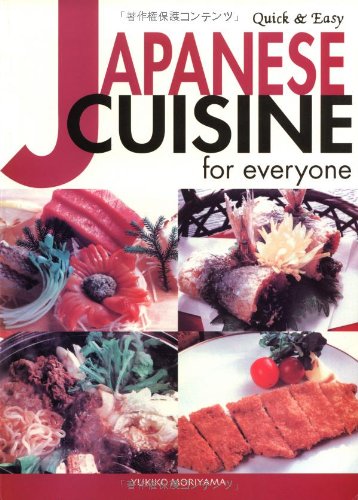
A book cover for Quick & Easy Japanese Cuisine for Everyone (Quick & Easy Cookbooks Series); Yukiko Moriyama; Cookbooks, Food & Wine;